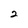
Character: 2